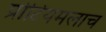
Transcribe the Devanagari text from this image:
प्रोटियमलाच